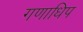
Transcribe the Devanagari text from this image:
गणाधिप